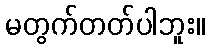
မတွက်တတ်ပါဘူး။